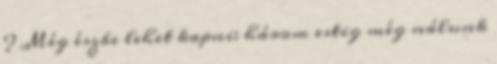
? Még észbe lehet kapni: három estig még nálunk